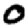
Digit: 0